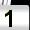
Digit: 1